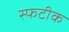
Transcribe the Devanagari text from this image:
स्फटीक